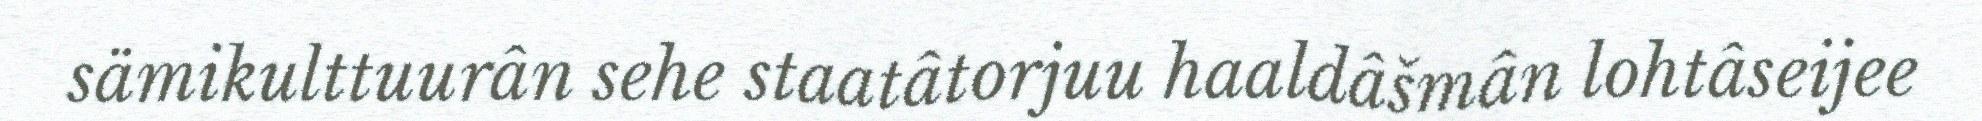
sämikulttuurân sehe staatâtorjuu haaldâšmân lohtâseijee